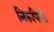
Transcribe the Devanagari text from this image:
निरूपिली